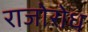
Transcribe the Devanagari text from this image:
राजोरोध